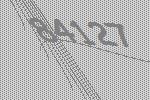
84127